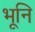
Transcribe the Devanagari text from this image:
भूनि